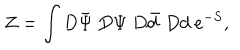
LaTeX: Z = \int D \bar { \Psi } ~ D \Psi ~ D \bar { d } ~ D d ~ e ^ { - S } ,